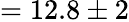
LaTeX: =12.8\pm 2